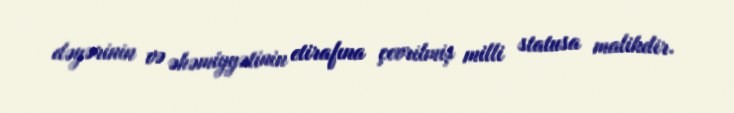
dəyərinin və əhəmiyyətinin etirafına çevrilmiş milli statusa malikdir.